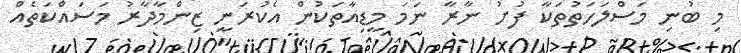
މި ބުނި މަސްލަހަތުތަކާ ފުށު ނާރާ ނަމަ މީޑިއާތަކުން އެކުރަނީ ޒިންމާދާރު މަސައްކަތެއް